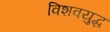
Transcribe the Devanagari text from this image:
विशवयुद्ध